Code of medical and sanitary regulations for the guidance of medical officers serving in the Madras Presidency - Volume I
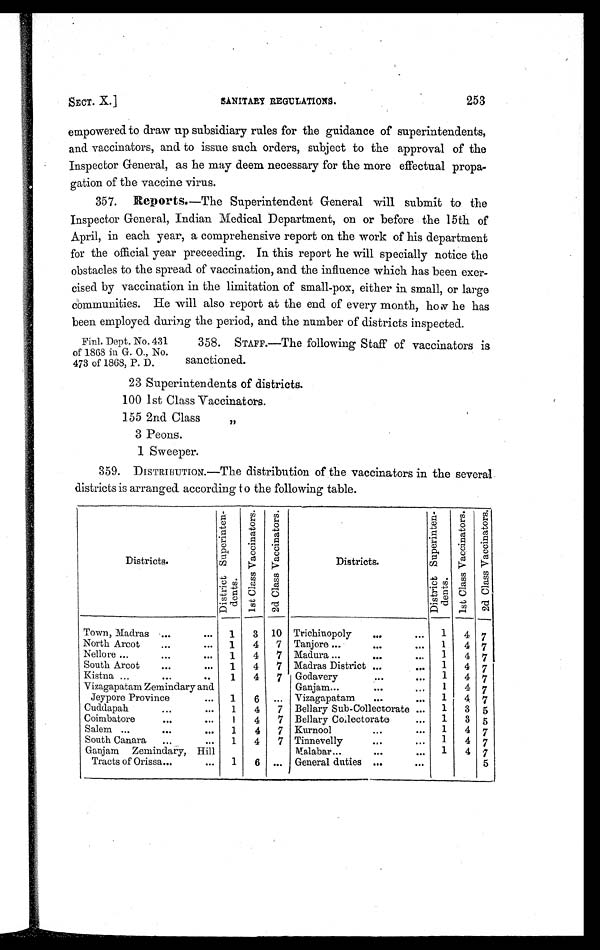
SECT. X.]
SANITARY REGULATIONS.
253
empowered to draw up subsidiary rules for the guidance of superintendents,
and vaccinators, and to issue such orders, subject to the approval of the
Inspector General, as he may deem necessary for the more effectual propa-
gation of the vaccine virus.
357. Reports. —The Superintendent General will submit to the
Inspector General, Indian Medical Department, on or before the 15th of
April, in each year, a comprehensive report on the work of his department
for the official year preceeding. In this report he will specially notice the
obstacles to the spread of vaccination, and the influence which has been exer-
cised by vaccination in the limitation of small-pox, either in small, or large
communities. He will also report at the end of every month, how he has
been employed during the period, and the number of districts inspected.
Finl. Dept. No. 431
of 1868 in G. 0., No.
473 of 1868, P. D.
358. STAFF.—The following Staff of vaccinators is
sanctioned.
23 Superintendents of districts.
100 1st Class Vaccinators.
155 2nd Class ,,
3 Peons.
1 Sweeper.
359. DISTRIBUTION.—The distribution of the vaccinators in the several
districts is arranged according to the following table.
Districts.
D i s t r i c t S u p e r i n t e n -
dent s.
1 s t C l a s s V a c c i n a t o r s . 2 d C l a s s V a c c i n a t o r s .
Districts.
D i s t r i c t S u p e r i n t e n -
dent s .
1 s t C l a s s V a c c i n a t o r s .
2 d C l a s s V a c c i n a t o r s .
Town, Madras ...
... 1 3 10 Trichinopoly
...
... 1 4 7
North Arcot... ...
1 4 7 Tanjore ...
...
... 1 4 7
Nellore ... ...
...
1 4 7 Madura ...
...
... 1 4 7
South Arcot
...
... 1 4 7 Madras District ...
... 1 4 7
Kistna ...
...
... 1 4 7 Godavery ... ...
1 4 7
Vizagapatam Zemindary and
Jeypore Province
... 1 6 ...
Ganjam...
...
... 1 4 7
Vizagapatam ...
... 1 4. 7
Cuddapah ...
... 1 4 7 Bellary Sub-Collectorate ... 1 3 5
Coimbatore
...
... 1 4 7 Bellary Collectorate
... 1 3 5
Salem ...
...
... 1 4 7 Kurnool
...
... 1 4 7
South Canara ...
... 1 4 7 Tinnevelly
...
... 1 4 7
Ganjam Zemindary, Hill
Tracts of Orissa...
... 1 6 ...
Malabar...
...
1 4 7
General duties ...
...
5